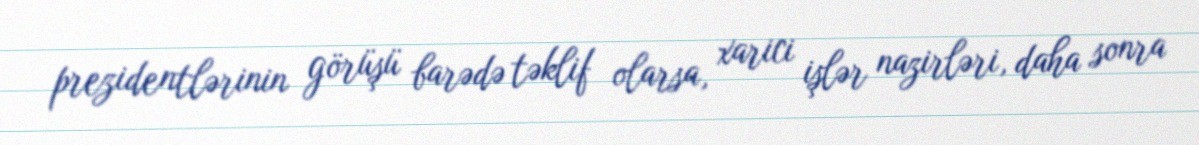
prezidentlərinin görüşü barədə təklif olarsa, xarici işlər nazirləri, daha sonra